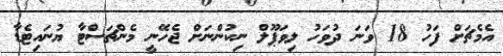
އެމެޗަށް ފަހު 18 ވަނަ ދުވަހު ލިވަޕޫލް ނިކުންނަށް ޖެހޭނީ މެންޗަސްޓާ ޔުނައިޓެޑާ